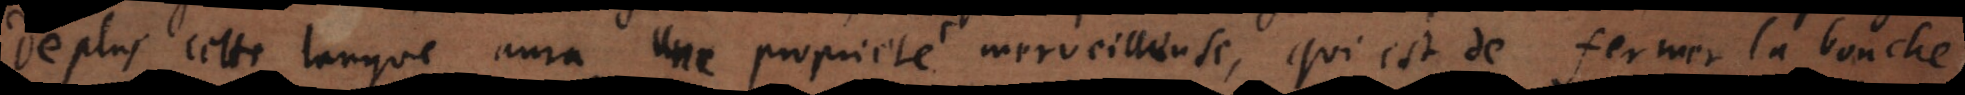
plus cette langue aura une proprieté merveilleuse, qui est de fermer la bouche